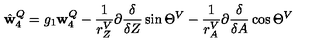
\hat { \mathbf w } _ { 4 } ^ { Q } = g _ { 1 } { \mathbf w } _ { 4 } ^ { Q } - \frac 1 { r _ { Z } ^ { V } } \partial { \frac { \delta } { \delta Z } } \sin \Theta ^ { V } - \frac 1 { r _ { A } ^ { V } } \partial { \frac { \delta } { \delta A } } \cos \Theta ^ { V }